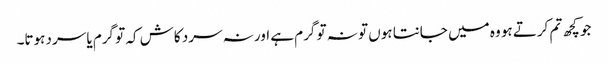
جو کچھ تم کرتے ہو وہ میں جانتا ہوں تو نہ تو گرم ہے اور نہ سرد کاش کہ تو گرم یا سرد ہوتا۔